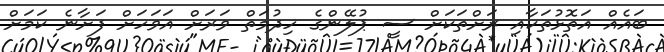
ބައެއް އަތޮޅުތަކާއި ރަށްތަކަށް ސީ ޕުލޭންގެ ހިދުމަތް ވަރަށް އަވަހަށް ފަށާނެ ކަމަށް